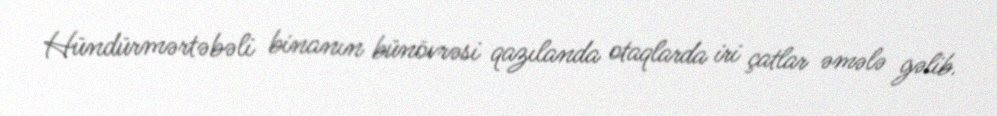
Hündürmərtəbəli binanın bünövrəsi qazılanda otaqlarda iri çatlar əmələ gəlib.